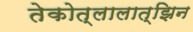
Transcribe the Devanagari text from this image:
तेकोत्लालात्झिन